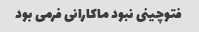
فتوچینی نبود ماکارانی فرمی بود